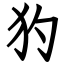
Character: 犳